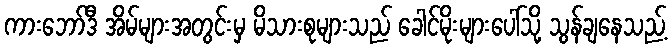
ကားဘော်ဒီ အိမ်များအတွင်းမှ မိသားစုများသည် ခေါင်မိုးများပေါ်သို့ သွန်ချနေသည့်